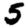
Digit: 5